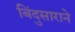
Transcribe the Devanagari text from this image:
बिंदुसाराने